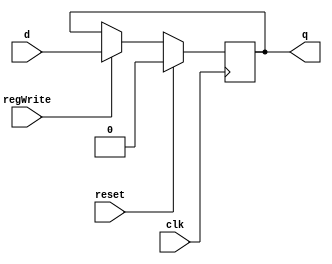
module D_ff(input clk, input reset, input regWrite, input d, output reg q);
	always@(negedge clk)
		begin
			if(reset)
				q=0;
			else
				if(regWrite == 1) begin q=d; end
		end
endmodule

module register32bit_PC(input clk, input reset, input regWrite, input [31:0] writeData, output  [31:0] outR);
	D_ff d0(clk,reset,regWrite,writeData[0],outR[0]);
	D_ff d1(clk,reset,regWrite,writeData[1],outR[1]);
	D_ff d2(clk,reset,regWrite,writeData[2],outR[2]);
	D_ff d3(clk,reset,regWrite,writeData[3],outR[3]);
	D_ff d4(clk,reset,regWrite,writeData[4],outR[4]);
	D_ff d5(clk,reset,regWrite,writeData[5],outR[5]);
	D_ff d6(clk,reset,regWrite,writeData[6],outR[6]);
	D_ff d7(clk,reset,regWrite,writeData[7],outR[7]);
	D_ff d8(clk,reset,regWrite,writeData[8],outR[8]);
	D_ff d9(clk,reset,regWrite,writeData[9],outR[9]);
	D_ff d10(clk,reset,regWrite,writeData[10],outR[10]);
	D_ff d11(clk,reset,regWrite,writeData[11],outR[11]);
	D_ff d12(clk,reset,regWrite,writeData[12],outR[12]);
	D_ff d13(clk,reset,regWrite,writeData[13],outR[13]);
	D_ff d14(clk,reset,regWrite,writeData[14],outR[14]);
	D_ff d15(clk,reset,regWrite,writeData[15],outR[15]);
	D_ff d16(clk,reset,regWrite,writeData[16],outR[16]);
	D_ff d17(clk,reset,regWrite,writeData[17],outR[17]);
	D_ff d18(clk,reset,regWrite,writeData[18],outR[18]);
	D_ff d19(clk,reset,regWrite,writeData[19],outR[19]);
	D_ff d20(clk,reset,regWrite,writeData[20],outR[20]);
	D_ff d21(clk,reset,regWrite,writeData[21],outR[21]);
	D_ff d22(clk,reset,regWrite,writeData[22],outR[22]);
	D_ff d23(clk,reset,regWrite,writeData[23],outR[23]);
	D_ff d24(clk,reset,regWrite,writeData[24],outR[24]);
	D_ff d25(clk,reset,regWrite,writeData[25],outR[25]);
	D_ff d26(clk,reset,regWrite,writeData[26],outR[26]);
	D_ff d27(clk,reset,regWrite,writeData[27],outR[27]);
	D_ff d28(clk,reset,regWrite,writeData[28],outR[28]);
	D_ff d29(clk,reset,regWrite,writeData[29],outR[29]);
	D_ff d30(clk,reset,regWrite,writeData[30],outR[30]);
	D_ff d31(clk,reset,regWrite,writeData[31],outR[31]);
endmodule

module mux2to1_5bits(input [4:0] in0, input [4:0] in1, input sel, output reg [4:0] muxOut);
    always@(in0, in1, sel)
		begin
			case(sel)
				1'b0: muxOut=in0;
				1'b1: muxOut=in1;
			endcase
		end
endmodule

module pc_adder(input [31:0] in1, input [31:0] in2, output reg [31:0] adder_out);
	always@(in1 or in2)
	begin
		adder_out = in1 + in2;
	end
endmodule